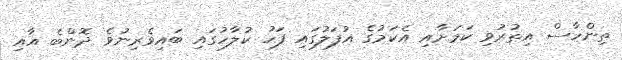
ތިންހާސް އިތުރުވި ކަމަށާއި އެކަމުގެ އުފަލުގައި ފަހު ކުލާހުގައި ބައިވެރިނުވެ ދޮންބެ އާއި